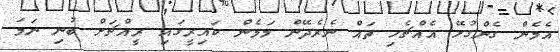
އެމެން ގެންގުޅޭ އެއްޗެހި ތައް ނެރެދޭން މަމެން ކައިރީގައި ރީއްޗަށް ބުނި ނަމަ